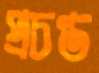
প্রচণ্ড